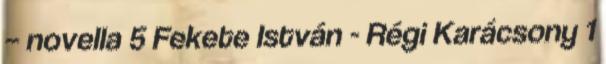
– novella 5 Fekete István - Régi Karácsony 1